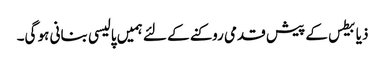
ذیابیطس کے پیش قدمی روکنے کے لئے ہمیں پالیسی بنانی ہو گی۔